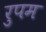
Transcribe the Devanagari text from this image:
रुपम